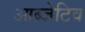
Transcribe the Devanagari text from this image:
आब्जेटिव